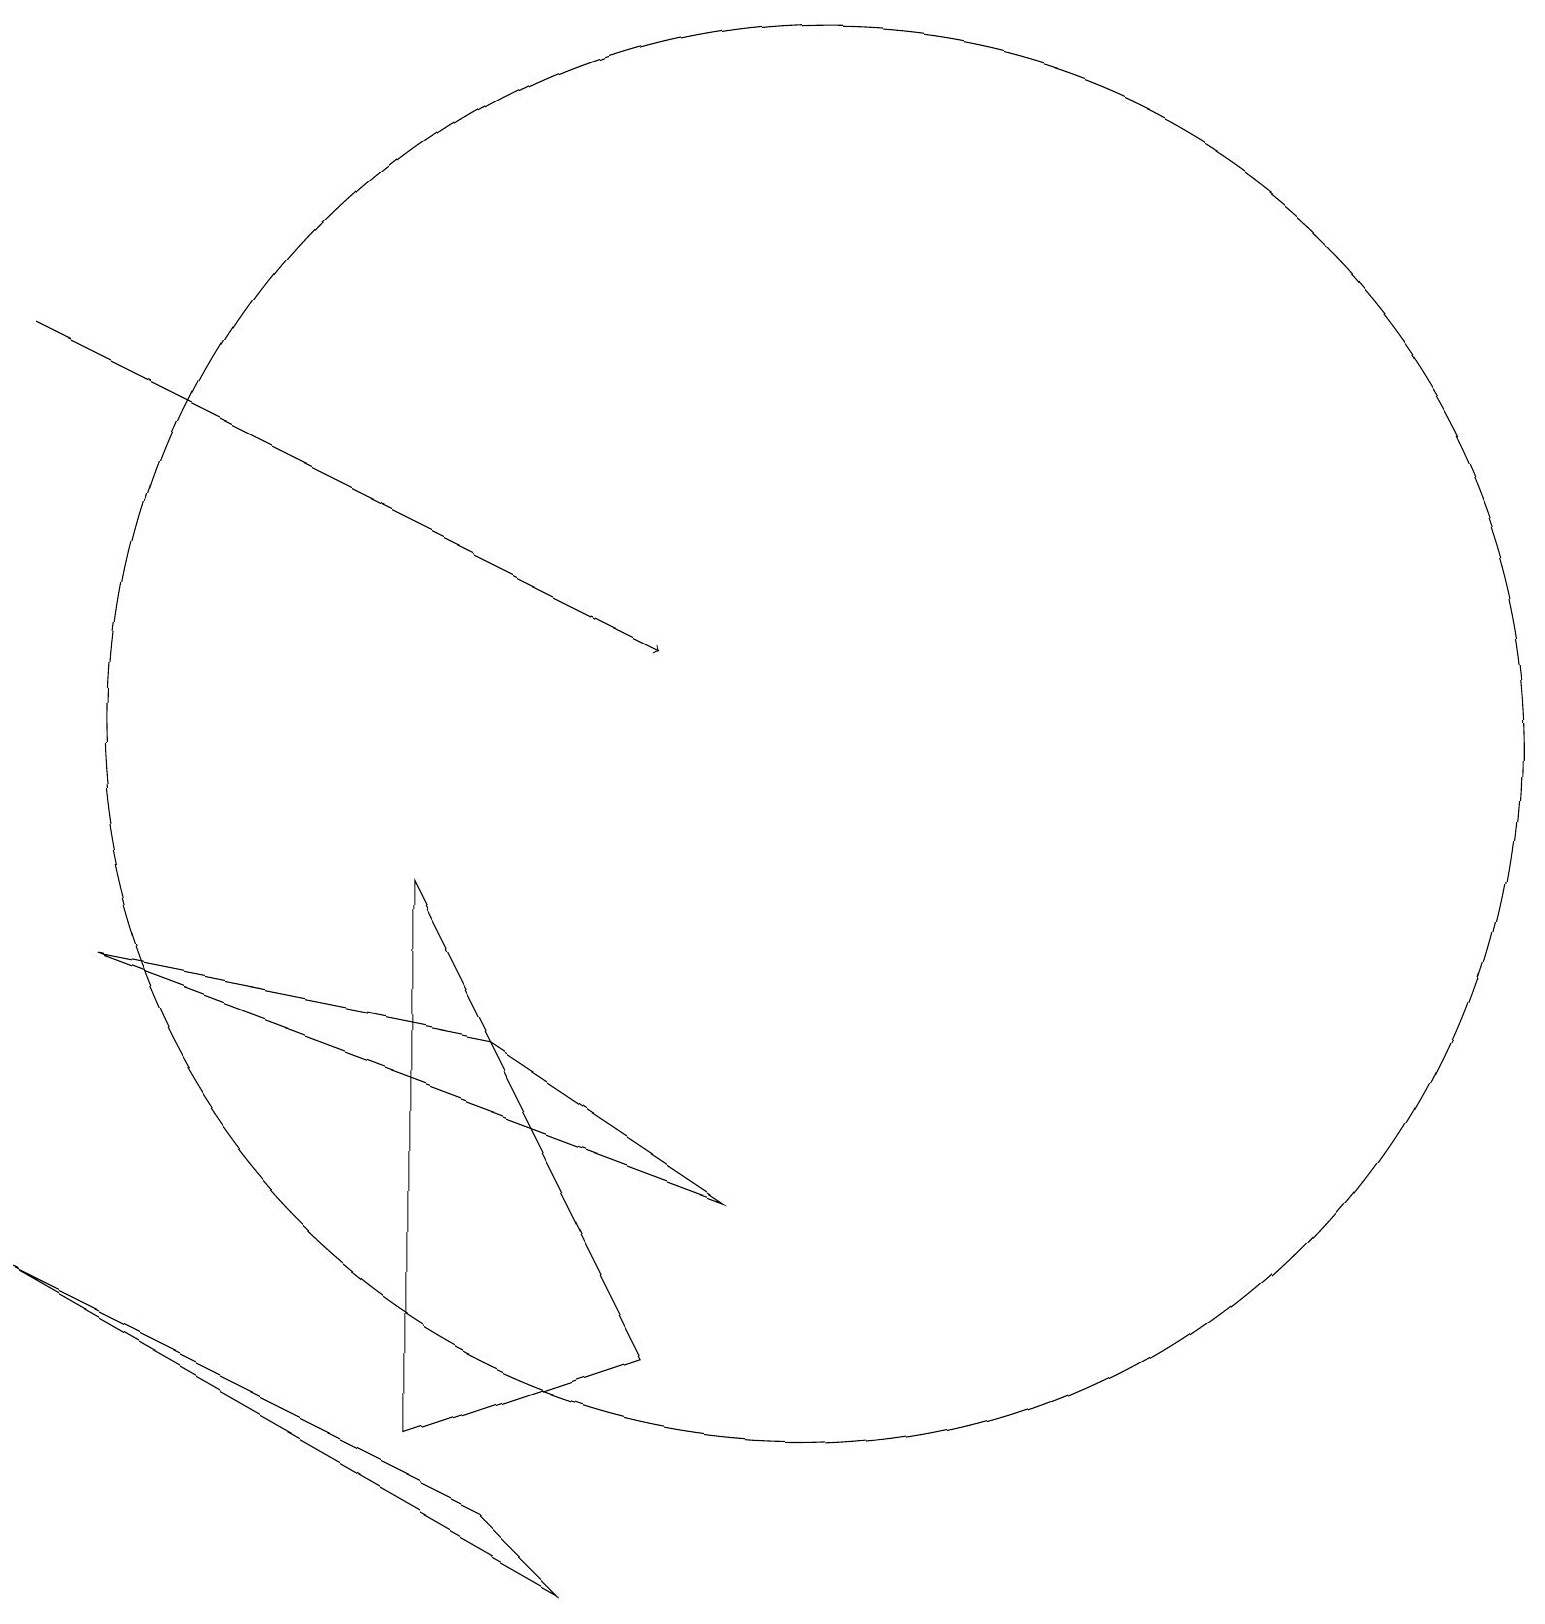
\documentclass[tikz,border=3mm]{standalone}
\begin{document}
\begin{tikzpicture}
\draw (0,4) -- (6,1) -- (7,0) -- cycle;
\draw (5,2) -- (8,3) -- (5,9) -- cycle;
\draw[->] (0,16) -- (8,12);
\draw (10,11) circle (9);
\draw (6,7) -- (1,8) -- (9,5) -- cycle;
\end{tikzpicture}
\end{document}